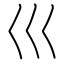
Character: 巛